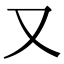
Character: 又